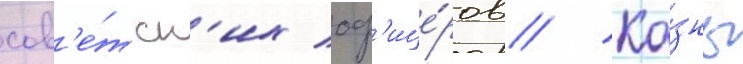
сов'е́тск'их оф'ице́ров // Ка́знь